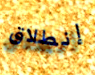
إنطلاق